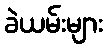
ခဲယမ်းများ